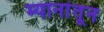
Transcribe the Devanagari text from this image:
म्यानांतून